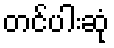
တင်ပါးဆုံ